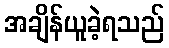
အချိန်ယူခဲ့ရသည်